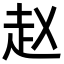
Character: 赵